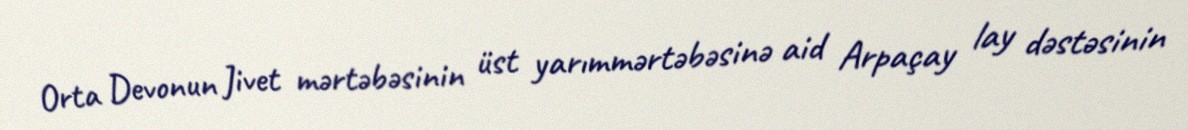
Orta Devonun Jivet mərtəbəsinin üst yarımmərtəbəsinə aid Arpaçay lay dəstəsinin